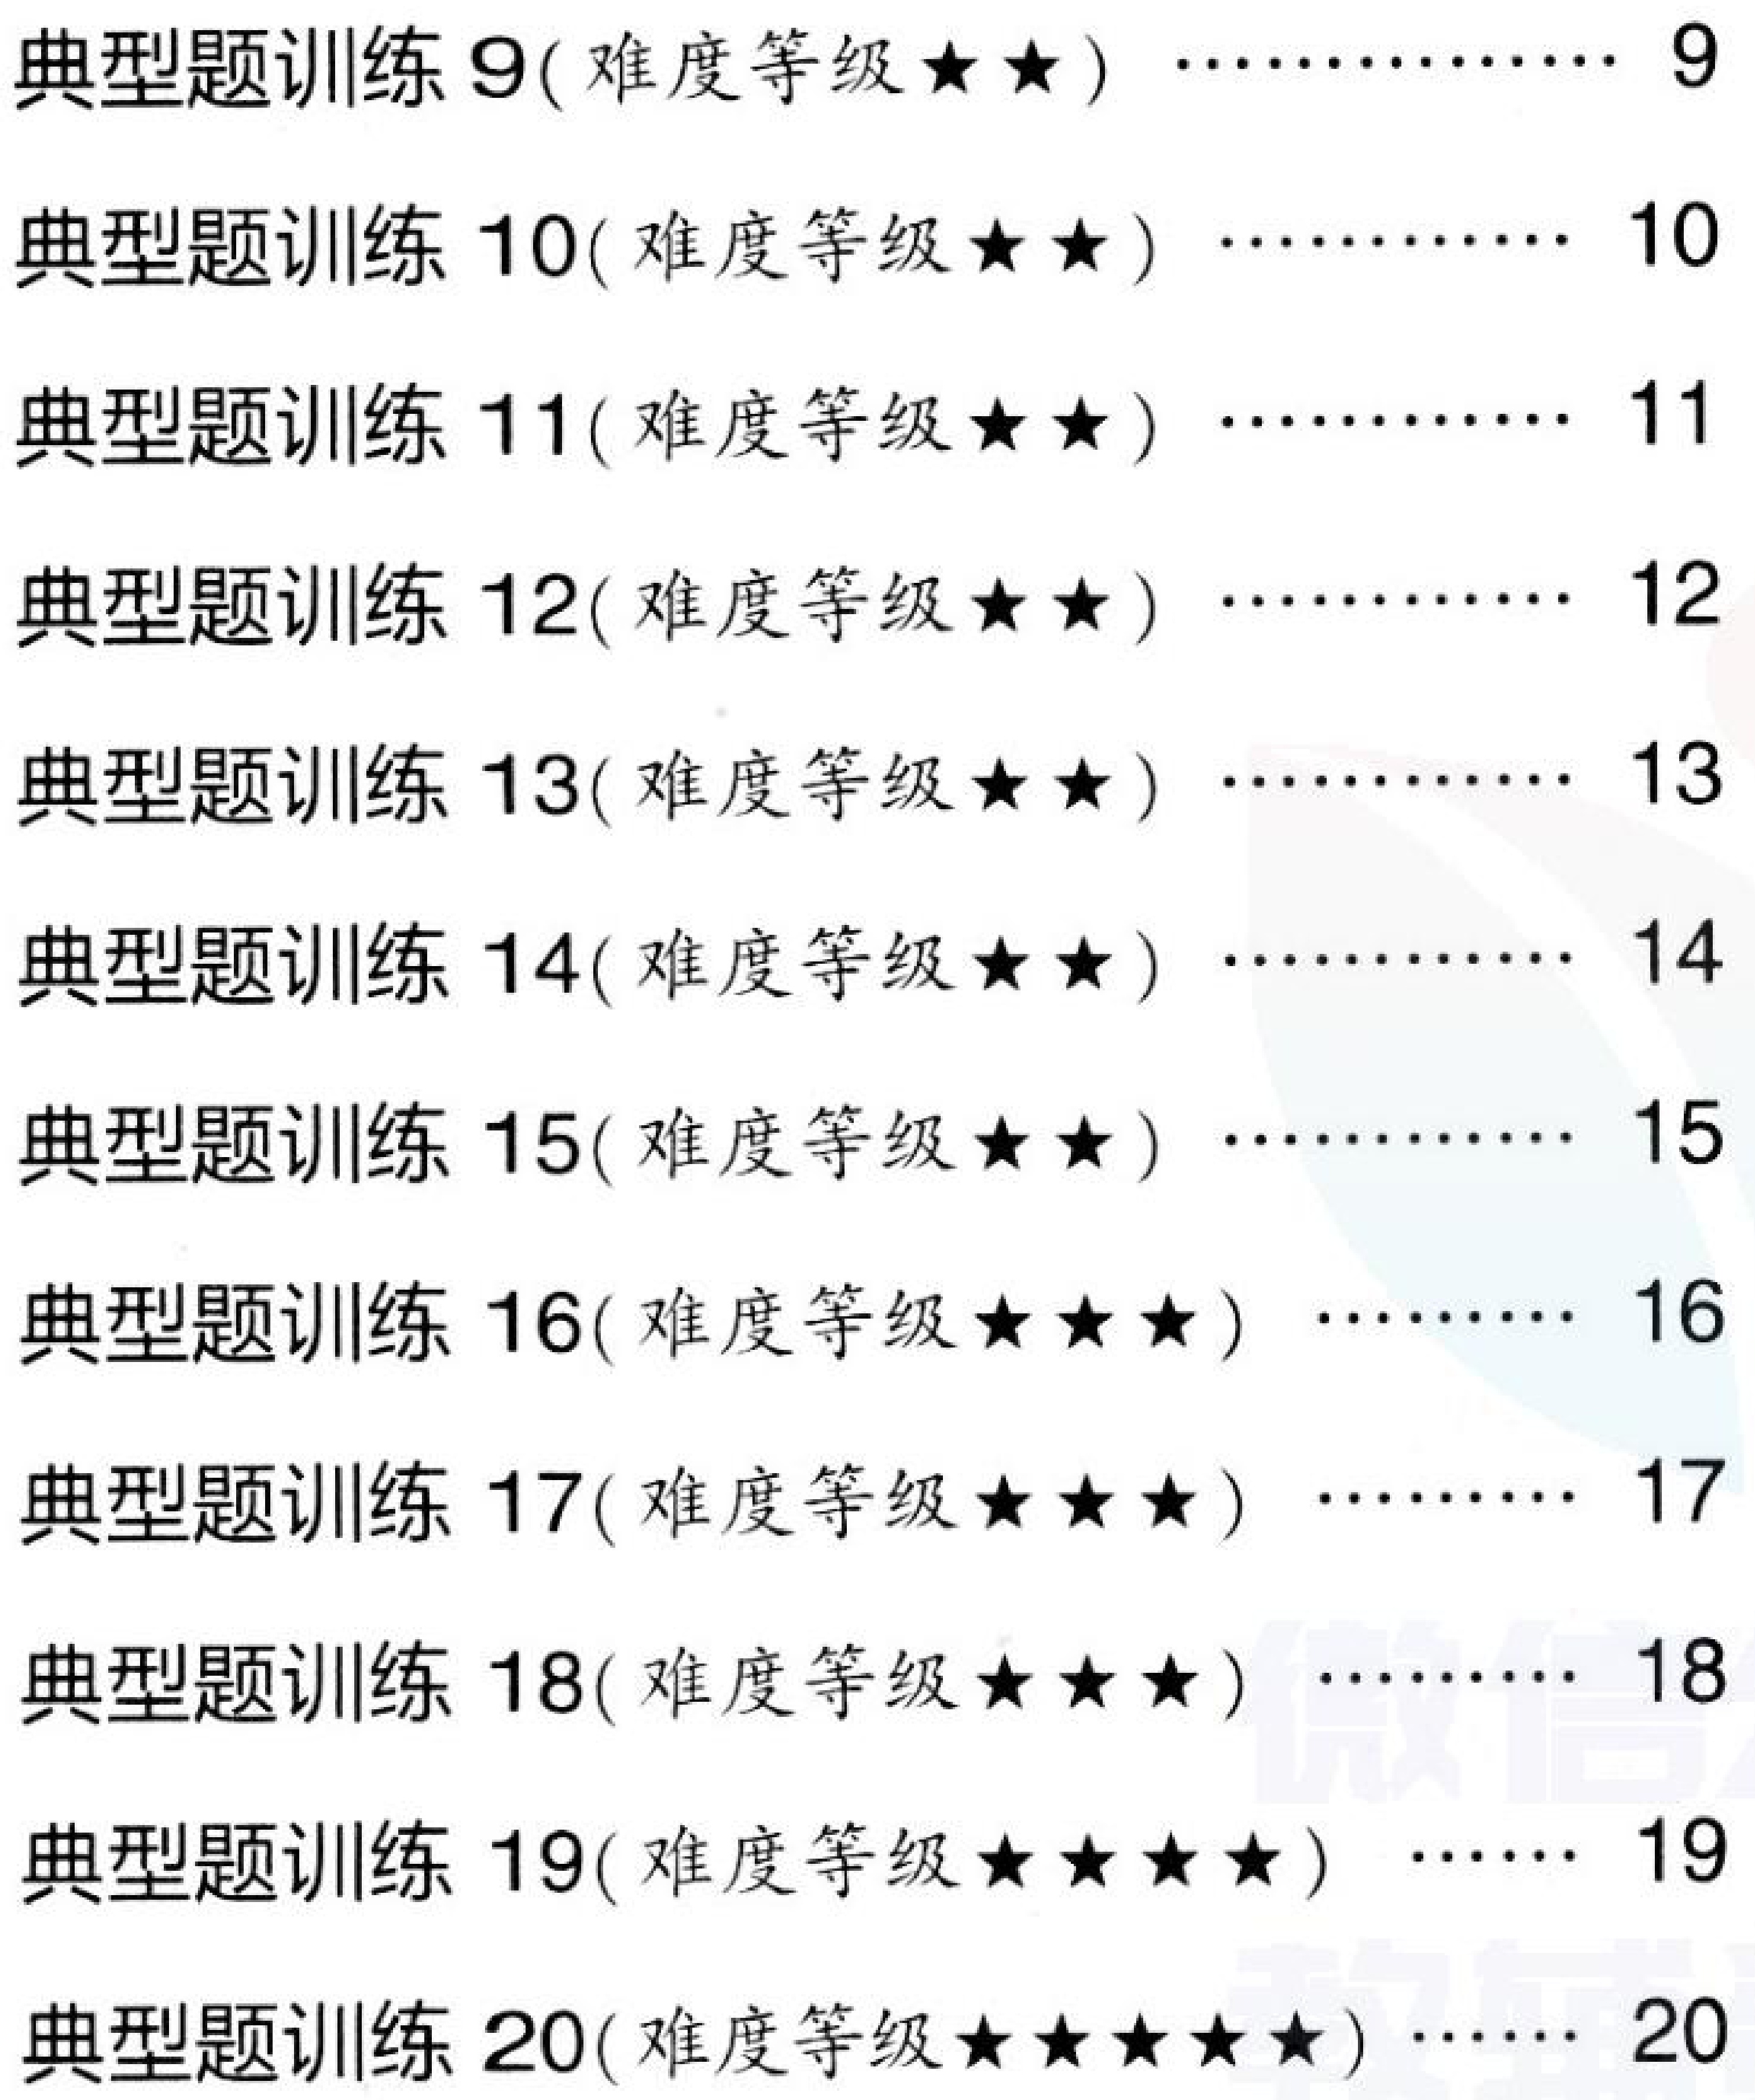
典型题训练 \(9\)(难度等级\(\star\star\))\(\cdots\cdots9\)
典型题训练 \(10\)(难度等级\(\star\star\))\(\cdots\cdots10\)
典型题训练 \(11\)(难度等级\(\star\star\))\(\cdots\cdots11\)
典型题训练 \(12\)(难度等级\(\star\star\))\(\cdots\cdots12\)
典型题训练 \(13\)(难度等级\(\star\star\))\(\cdots\cdots13\)
典型题训练 \(14\)(难度等级\(\star\star\))\(\cdots\cdots14\)
典型题训练 \(15\)(难度等级\(\star\star\))\(\cdots\cdots15\)
典型题训练 \(16\)(难度等级\(\star\star\star\))\(\cdots\cdots16\)
典型题训练 \(17\)(难度等级\(\star\star\star\))\(\cdots\cdots17\)
典型题训练 \(18\)(难度等级\(\star\star\star\))\(\cdots\cdots18\)
典型题训练 \(19\)(难度等级\(\star\star\star\star\))\(\cdots\cdots19\)
典型题训练 \(20\)(难度等级\(\star\star\star\star\star\))\(\cdots\cdots20\)